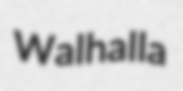
Walhalla